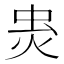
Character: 𧈾